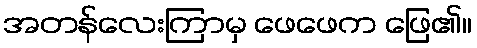
အတန်လေးကြာမှ ဖေဖေက ဖြေ၏။